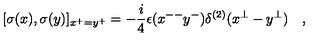
[ \sigma ( x ) , \sigma ( y ) ] _ { x ^ { + } = y ^ { + } } = - \frac { i } { 4 } \epsilon ( x ^ { -- } y ^ { - } ) \delta ^ { ( 2 ) } ( x ^ { \perp } - y ^ { \perp } ) \quad ,